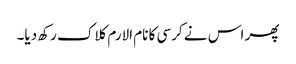
پھر اس نے کرسی کا نام الارم کلاک رکھ دیا۔